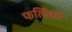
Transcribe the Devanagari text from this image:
फलिका